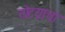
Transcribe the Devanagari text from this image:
तोटय़ाचा